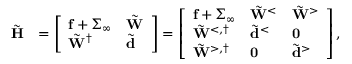
\begin{array} { r l } { \tilde { \mathbf { H } } } & { = \left[ \begin{array} { l l } { \mathbf { f } + \boldsymbol { \Sigma } _ { \infty } } & { \tilde { \mathbf { W } } } \\ { \tilde { \mathbf { W } } ^ { \dagger } } & { \tilde { \mathbf { d } } } \end{array} \right] = \left[ \begin{array} { l l l } { \mathbf { f } + \boldsymbol { \Sigma } _ { \infty } } & { \tilde { \mathbf { W } } ^ { < } } & { \tilde { \mathbf { W } } ^ { > } } \\ { \tilde { \mathbf { W } } ^ { < , \dagger } } & { \tilde { \mathbf { d } } ^ { < } } & { \mathbf { 0 } } \\ { \tilde { \mathbf { W } } ^ { > , \dagger } } & { \mathbf { 0 } } & { \tilde { \mathbf { d } } ^ { > } } \end{array} \right] , } \end{array}